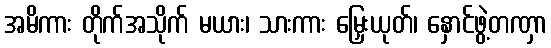
အမိကား တိုက်အသိုက် မယား၊ သားကား မြှေးယုတ်၊ နှောင်ဖွဲ့တဏှာ